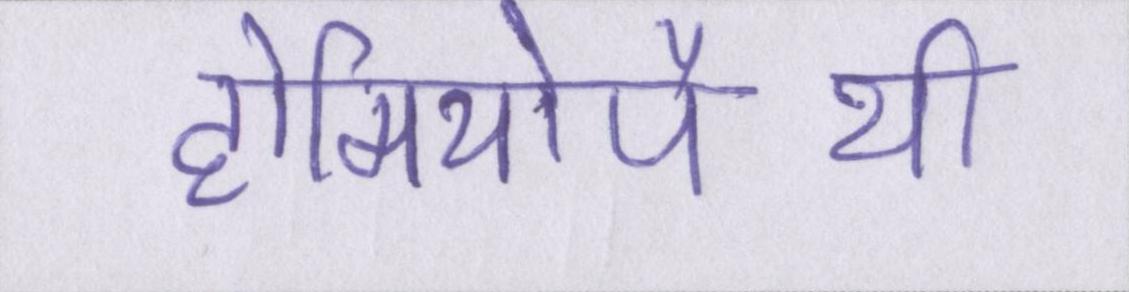
होमियोपैथी